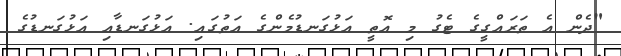
"ދެން އެ ތަރައްގީގެ ޓެގު މި އޮތީ އަޅުގަނޑުމެންގެ އަތުގައި. އަޅުގަނޑާއި އަޅުގަނޑުގެ